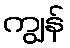
ကျွန်